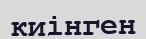
киінген